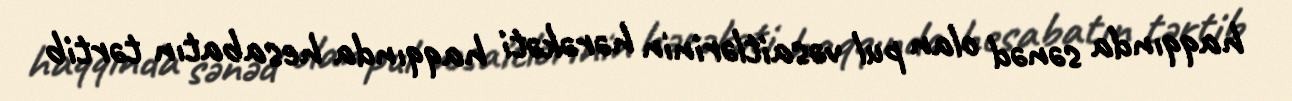
haqqında sənəd olan pul vəsaitlərinin hərəkəti haqqında hesabatın tərtib